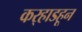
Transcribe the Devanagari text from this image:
कर्‍हाडहून